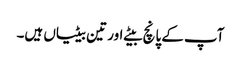
آپ کے پانچ بیٹے اور تین بیٹیاں ہیں۔